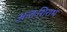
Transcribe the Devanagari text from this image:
अन्तःशिराभ